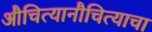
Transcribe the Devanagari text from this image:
औचित्यानौचित्याचा